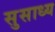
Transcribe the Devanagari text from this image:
सुसाध्‍य